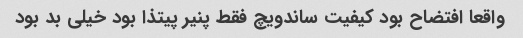
واقعا افتضاح بود کیفیت ساندویچ فقط پنیر پیتذا بود خیلی بد بود